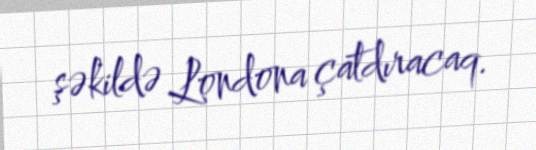
şəkildə Londona çatdıracaq.